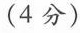
(4分)